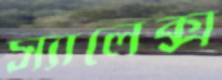
স্যালেক্স